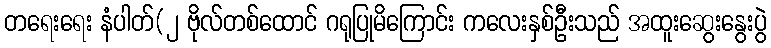
တရေးရေး နံပါတ်(၂ ဗိုလ်တစ်ထောင် ဂရုပြုမိကြောင်း ကလေးနှစ်ဦးသည် အထူးဆွေးနွေးပွဲ